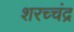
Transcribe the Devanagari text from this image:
शरच्चंंद्र